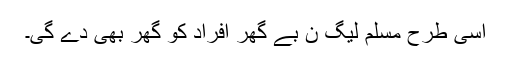
اسی طرح مسلم لیگ ن بے گھر افراد کو گھر بھی دے گی۔